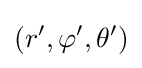
\left(r',\varphi ',\theta '\right)